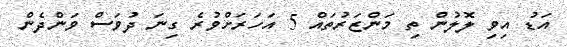
އަޑު އިވި ލޮލުން ތި މަންޒަރުތައް 5 އަހަރަށްވުރެ ގިނަ ދުވަސް ވަންދެން